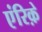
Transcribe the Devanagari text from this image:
एंरिक़े